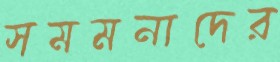
সমমনাদের